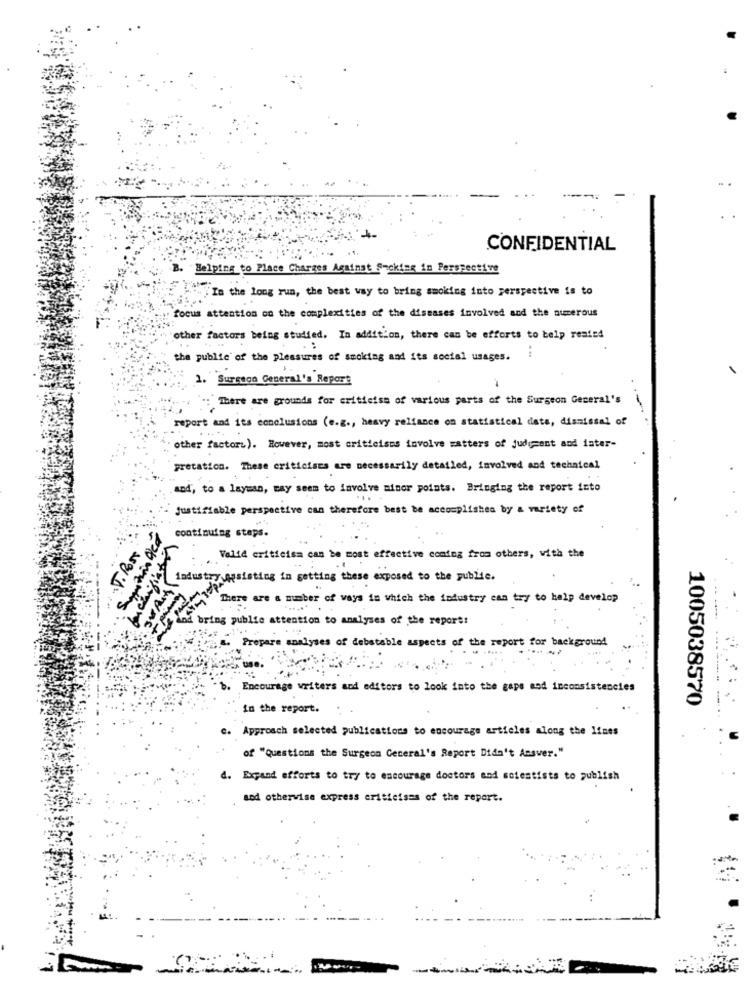
CONFIDENTIAL
Helping to Place Charges Against Sucking in Perspective
Why" In the long run, the best way to bring smoking into perspective is to
focus attention on the complexities of the diseases involved and the numerous
other factors being studied. In addition, there can be efforts to belp reated
. .
the public of the pleasures of smoking and its social usages.
1. Surstgo General's Report
": There are grounds for criticism of various parts of the Surgeon General's
report and its conclusions (e.g ., heavy reliance on statistical date, dismissal of
other factors). However, most criticisms involve matters of judgment and ister-
pretation. These criticisms are necessarily detailed, involved and technical
and, to a layman, may seem to involve minor points. Bringing the report into
Justifiable perspective can therefore best be accomplished by a variety of
continuing steps.
Valid criticisa can be most effective coming from others, with the
industry quaisting in getting these exposed to the public.
Act
There are a number of ways in which the industry can try to help develop
and bring public attention to analyses of the report:
&. Prepare analyses of debatable aspects of the report for background
Encourage writers and editors to look into the gaps and inconsistencies
in the report.
1005038570
c. Approach selected publications to encourage articles along the lines
of "Questions the Surgeon General's Report Didn't Answer."
d. Expand efforts to try to encourage doctors and scientists to publish
sod otherwise express criticisms of the report.